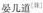
晏儿道^{[非]}